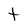
Character: t